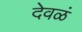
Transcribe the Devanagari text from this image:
देवळं